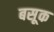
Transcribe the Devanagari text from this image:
बसूक